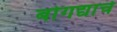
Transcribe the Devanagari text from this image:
बोगद्याचे